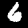
Label: 6